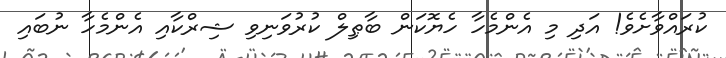
ކުރައްވާށެވެ! އަދި މި އެންމެހާ ހެޔޮކަން ބާޠިލް ކުރުވަނިވި ޝިރްކާއި އެންމެހާ ނުބައި